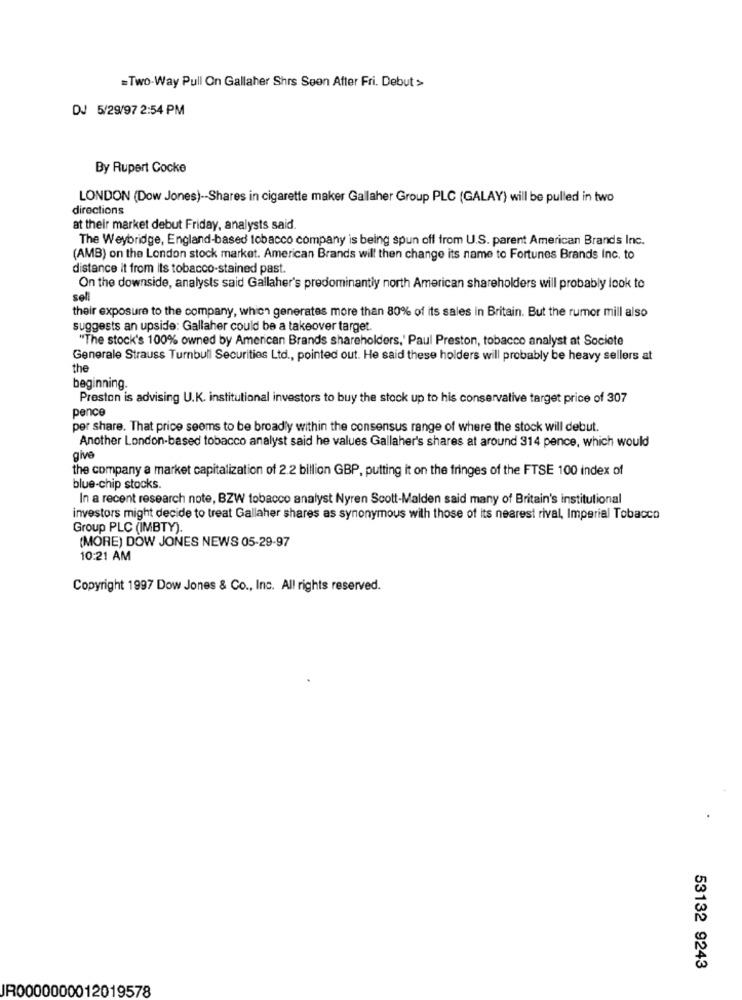
=Two-Way Pull On Gallaher Shrs Seen After Fri. Debut >>
DJ 5/29/97 2:54 PM
By Rupert Cocke
LONDON (Dow Jones) -- Shares in cigarette maker Gallaher Group PLC (GALAY) will be pulled in two
directions
at their market debut Friday, analysts said.
The Weybridge, England-based tobacco company is being spun off from U.S. parent American Brands Inc.
(AMB) on the London stock market. American Brands will then change its name to Fortunes Brands Inc. to
distance it from its tobacco-stained past.
On the downside, analysts said Gallaher's predominantly north American shareholders will probably look to
sell
their exposure to the company, which generates more than 80% of its sales in Britain. But the rumor mill also
suggests an upside: Gallaher could be a takeover target.
"The stock's 100% owned by American Brands shareholders,' Paul Preston, tobacco analyst at Societe
Generale Strauss Turnbull Securities Ltd ., pointed out. He said these holders will probably be heavy sellers at
the
beginning.
Preston is advising U.K. institutional investors to buy the stock up to his conservative target price of 307
pence
per share. That price seems to be broadly within the consensus range of where the stock will debut.
Another London-based tobacco analyst said he values Gallaher's shares at around 314 pence, which would
give
the company a market capitalization of 2.2 billion GBP, putting it on the fringes of the FTSE 100 index of
blue-chip stocks.
In a recent research note, BZW tobacco analyst Nyren Scott-Malden said many of Britain's institutional
investors might decide to treat Gallaher shares as synonymous with those of its nearest rival, Imperial Tobacco
Group PLC (IMBTY).
(MORE) DOW JONES NEWS 05-29-97
10:21 AM
Copyright 1997 Dow Jones & Co ., Inc. All rights reserved.
53132 9243
JR0000000012019578